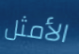
الأمثل